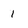
Character: 1